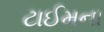
ટાઈમના